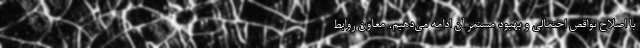
با اصلاح نواقص احتمالی و بهبود مستمر آن‌ ادامه می‌دهیم. معاون روابط